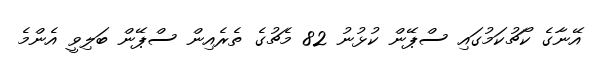
އޭނާގެ ކޯޗުކަމުގައި ސްޕޭން ކުޅުނު 82 މެޗުގެ ތެރެއިން ސްޕޭން ބަލިވީ އެންމެ